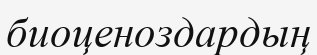
биоценоздардың